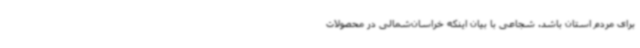
برای مردم استان باشد. شجاعی با بیان اینکه خراسان‌شمالی در محصولات